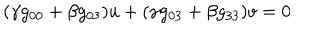
LaTeX: ( \gamma g _ { 0 0 } + \beta g _ { 0 3 } ) u + ( \gamma g _ { 0 3 } + \beta g _ { 3 3 } ) v = 0